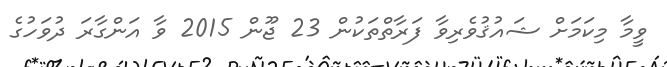
ވީމާ މިކަމަށް ޝައުޤުވެރިވާ ފަރާތްތަކުން 23 ޖޫން 2015 ވާ އަންގާރަ ދުވަހުގެ